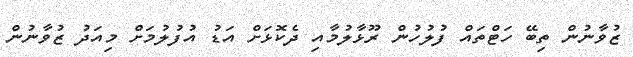
ޒުވާނުން ތިބޭ ހަޓްތައް ފުލުހުން ރޫޅާލުމާއި ދެކޮޅަށް އަޑު އުފުލުމަށް މިއަދު ޒުވާނުން